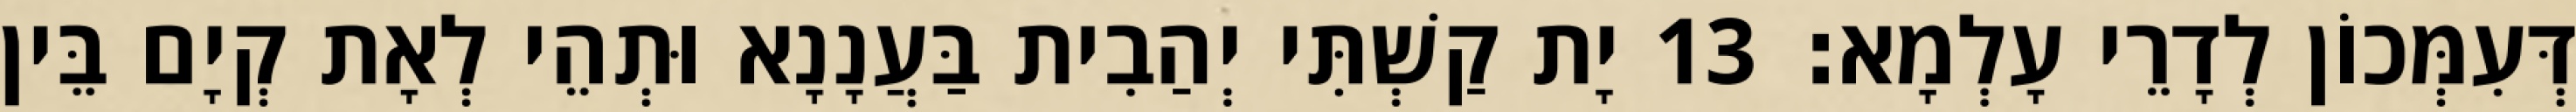
דְּעִמְּכוֹן לְדָרֵי עָלְמָא׃ 13 יָת קַשְׁתִּי יְהַבִית בַּעֲנָנָא וּתְהֵי לְאָת קְיָם בֵּין